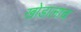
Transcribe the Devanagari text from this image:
खोडालाच